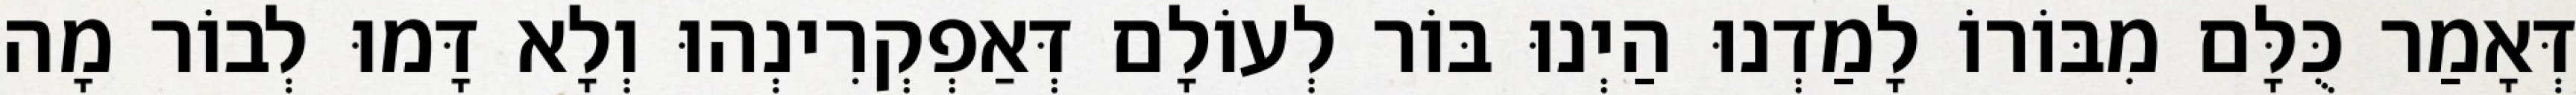
דְּאָמַר כֻּלָּם מִבּוֹרוֹ לָמַדְנוּ הַיְנוּ בּוֹר לְעוֹלָם דְּאַפְקְרִינְהוּ וְלָא דָּמוּ לְבוֹר מָה